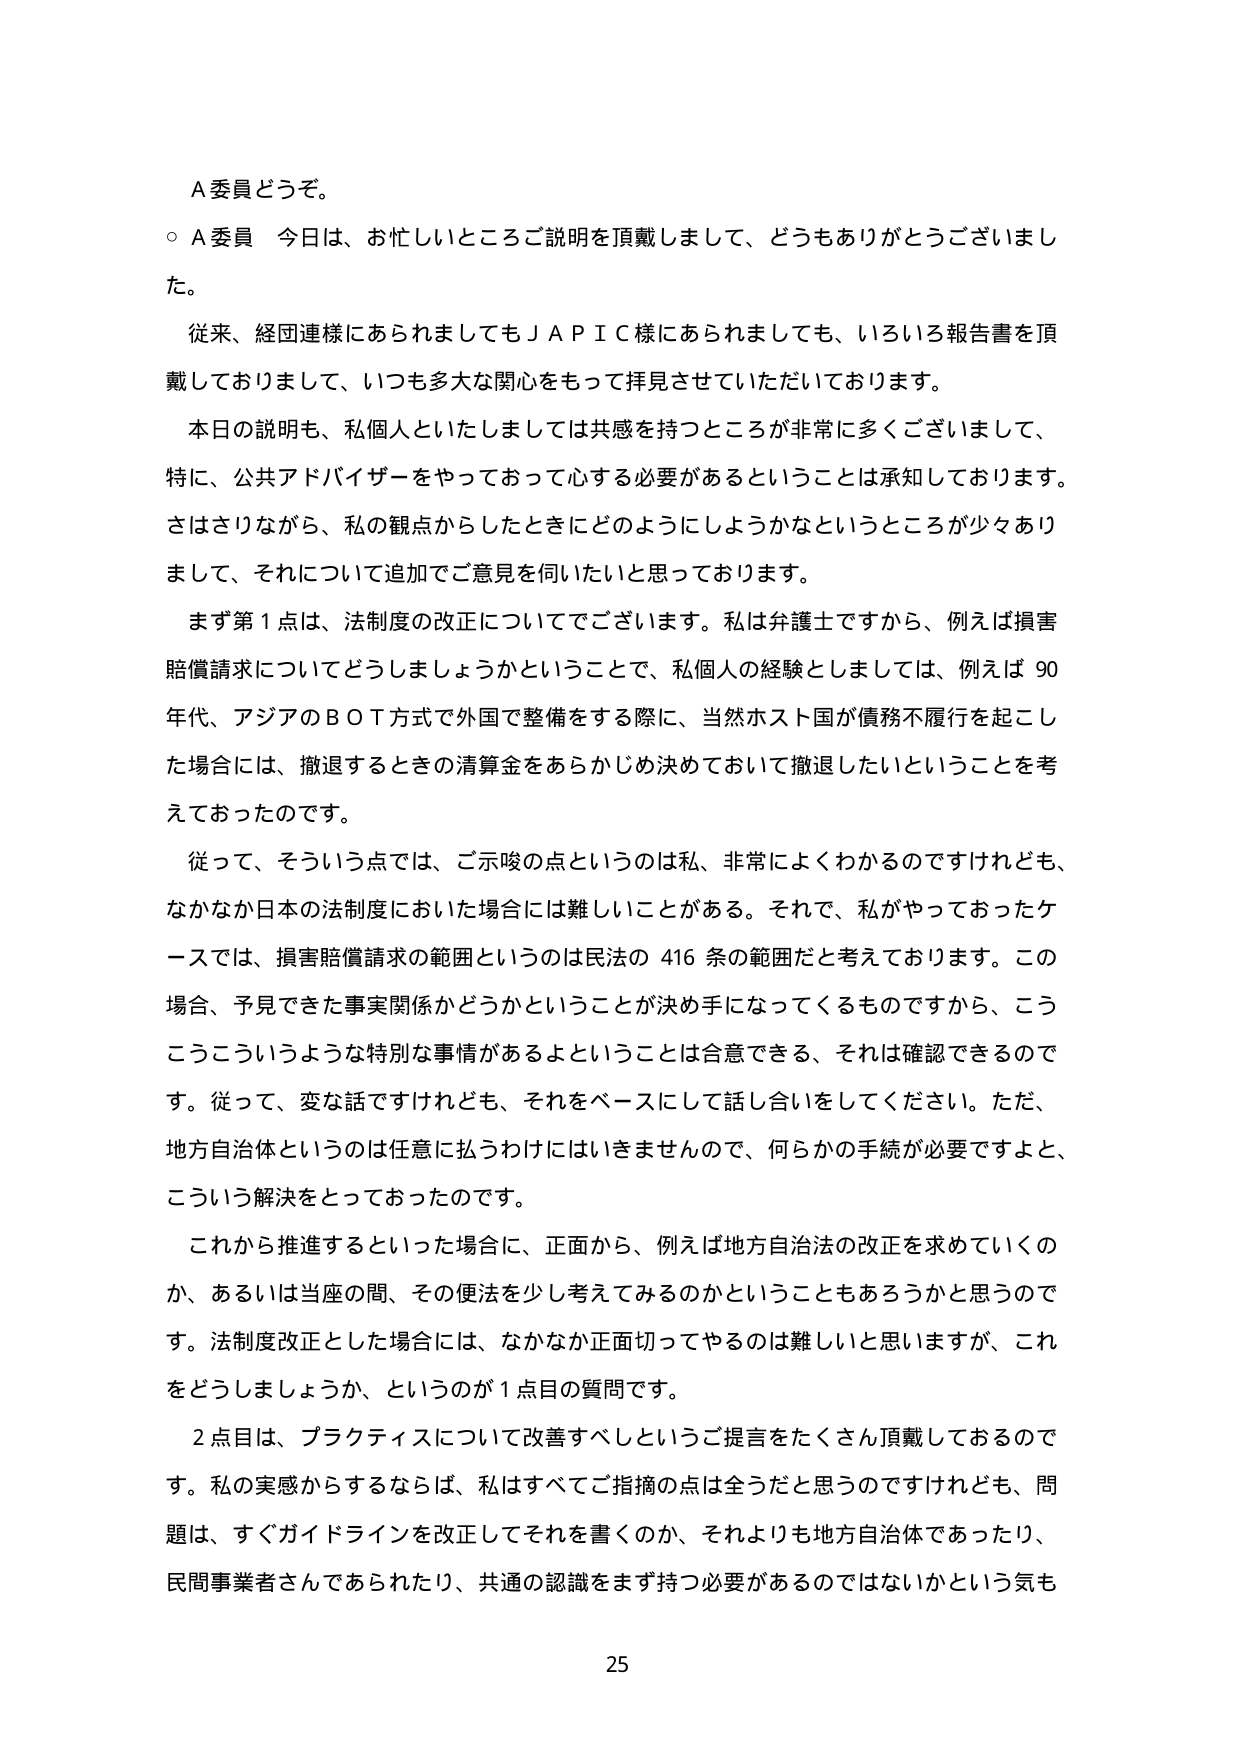
A委員どうぞ。

○ A委員 今日は、お忙しいところご説明を頂戴しまして、どうもありがとうございます。

従来、経団連様にあられましてもＪＡＰＩＣ様にあられましても、いろいろ報告書を頂戴しておりまして、いつも多大な関心をもって拝見させていただいております。

本日の説明も、私個人といたしましては共感を持つところが非常に多くございまして、特に、公共アドバイザーをやっておって心する必要があるということは承知しております。さはさりながら、私の観点からしたときにどのようにしようかなというところが少々ありまして、それについて追加でご意見を伺いたいと思っております。

まず第1点は、法制度の改正についてでございます。私は弁護士ですから、例えば損害賠償請求についてどうしましょうかということで、私個人の経験としましては、例えば90年代、アジアのＢＯＴ方式で外国で整備をする際に、当然ホスト国が債務不履行を起こした場合には、撤退するときの清算金をあらかじめ決めておいて撤退したいということを考えておったのです。

従って、そういう点では、ご示唆の点というのは私、非常によくわかるのですけれども、なかなか日本の法制度においた場合には難しいことがある。それで、私がやっておったケースでは、損害賠償請求の範囲というのは民法の416条の範囲だと考えております。この場合、予見できた事実関係かどうかということが決め手になってくるものですから、こうこうこういうような特別な事情があるよということは合意できる、それは確認できるのです。従って、変な話ですけれども、それをベースにして話し合いをしてください。ただ、地方自治体というのは任意に払うわけにはいきませんので、何らかの手続が必要ですよと、こういう解決をとっておったのです。

これから推進するといった場合に、正面から、例えば地方自治法の改正を求めていくのか、あるいは当座の間、その便法を少し考えてみるのかということもあるろうかと思うのです。法制度改正とした場合には、なかなか正面切ってやるのは難しいと思いますが、これをどうしましょうか、というのが1点目の質問です。

2点目は、プラクティスについて改善すべしというご提言をたくさん頂戴しておるのです。私の実感からするならば、私はすべてご指摘の点は全うだと思うのですけれども、問題は、すぐガイドラインを改正してそれを書くのか、それよりも地方自治体であったり、民間事業者さんであられたり、共通の認識をまず持つ必要があるのではないかという気も

25